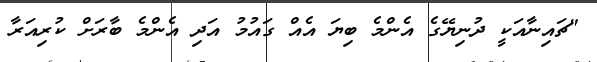
"ޗައިނާއަކީ ދުނިޔޭގެ އެންމެ ބިޔަ އެއް ގައުމު އަދި އެންމެ ބާރަށް ކުރިއަރާ